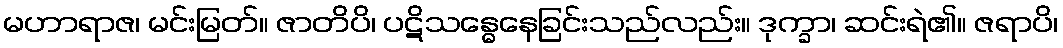
မဟာရာဇ၊ မင်းမြတ်။ ဇာတိပိ၊ ပဋိသန္ဓေနေခြင်းသည်လည်း။ ဒုက္ခာ၊ ဆင်းရဲ၏။ ဇရာပိ၊